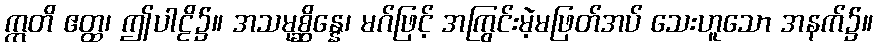
ဣတိ ဧတ္ထ၊ ဤပါဠိ၌။ အသမုစ္ဆိန္နေ၊ မဂ်ဖြင့် အကြွင်းမဲ့မဖြတ်အပ် သေးဟူသော အနက်၌။